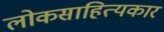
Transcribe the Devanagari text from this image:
लोकसाहित्यकार